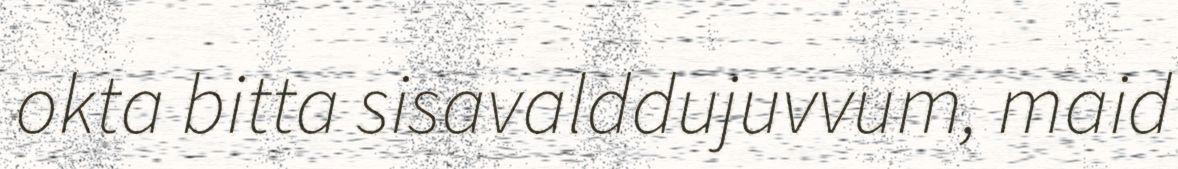
okta bitta sisavalddujuvvum, maid